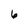
Character: 6